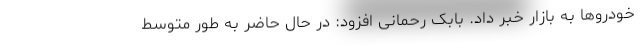
خودروها به بازار خبر داد. بابک رحمانی افزود: در حال حاضر به طور متوسط